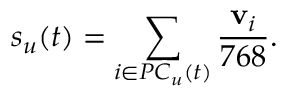
s _ { u } ( t ) = \sum _ { i \in P C _ { u } ( t ) } \frac { { \bf v } _ { i } } { 7 6 8 } .